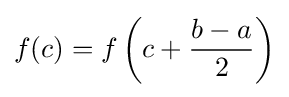
f(c)=f\left(c+{\dfrac {b-a}{2}}\right)